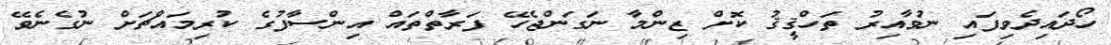
ހޯދައިދެވިފައި ނުވާއިރު ތަހްޤީޤު ކޮށް ޒިންމާ ނަގަންޖެހޭ ފަރާތްތައް އިންސާފުގެ ކުރިމައްޗަށް ނުގެނެވޭ